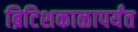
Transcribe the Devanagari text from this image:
ब्रिटिशकाळापर्यंत